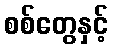
စစ်တွေနှင့်